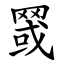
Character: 䍞